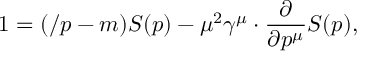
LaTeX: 1 = ( \slash p - m ) S ( p ) - \mu ^ { 2 } \gamma ^ { \mu } \cdot { \frac { \partial } { \partial p ^ { \mu } } } S ( p ) ,